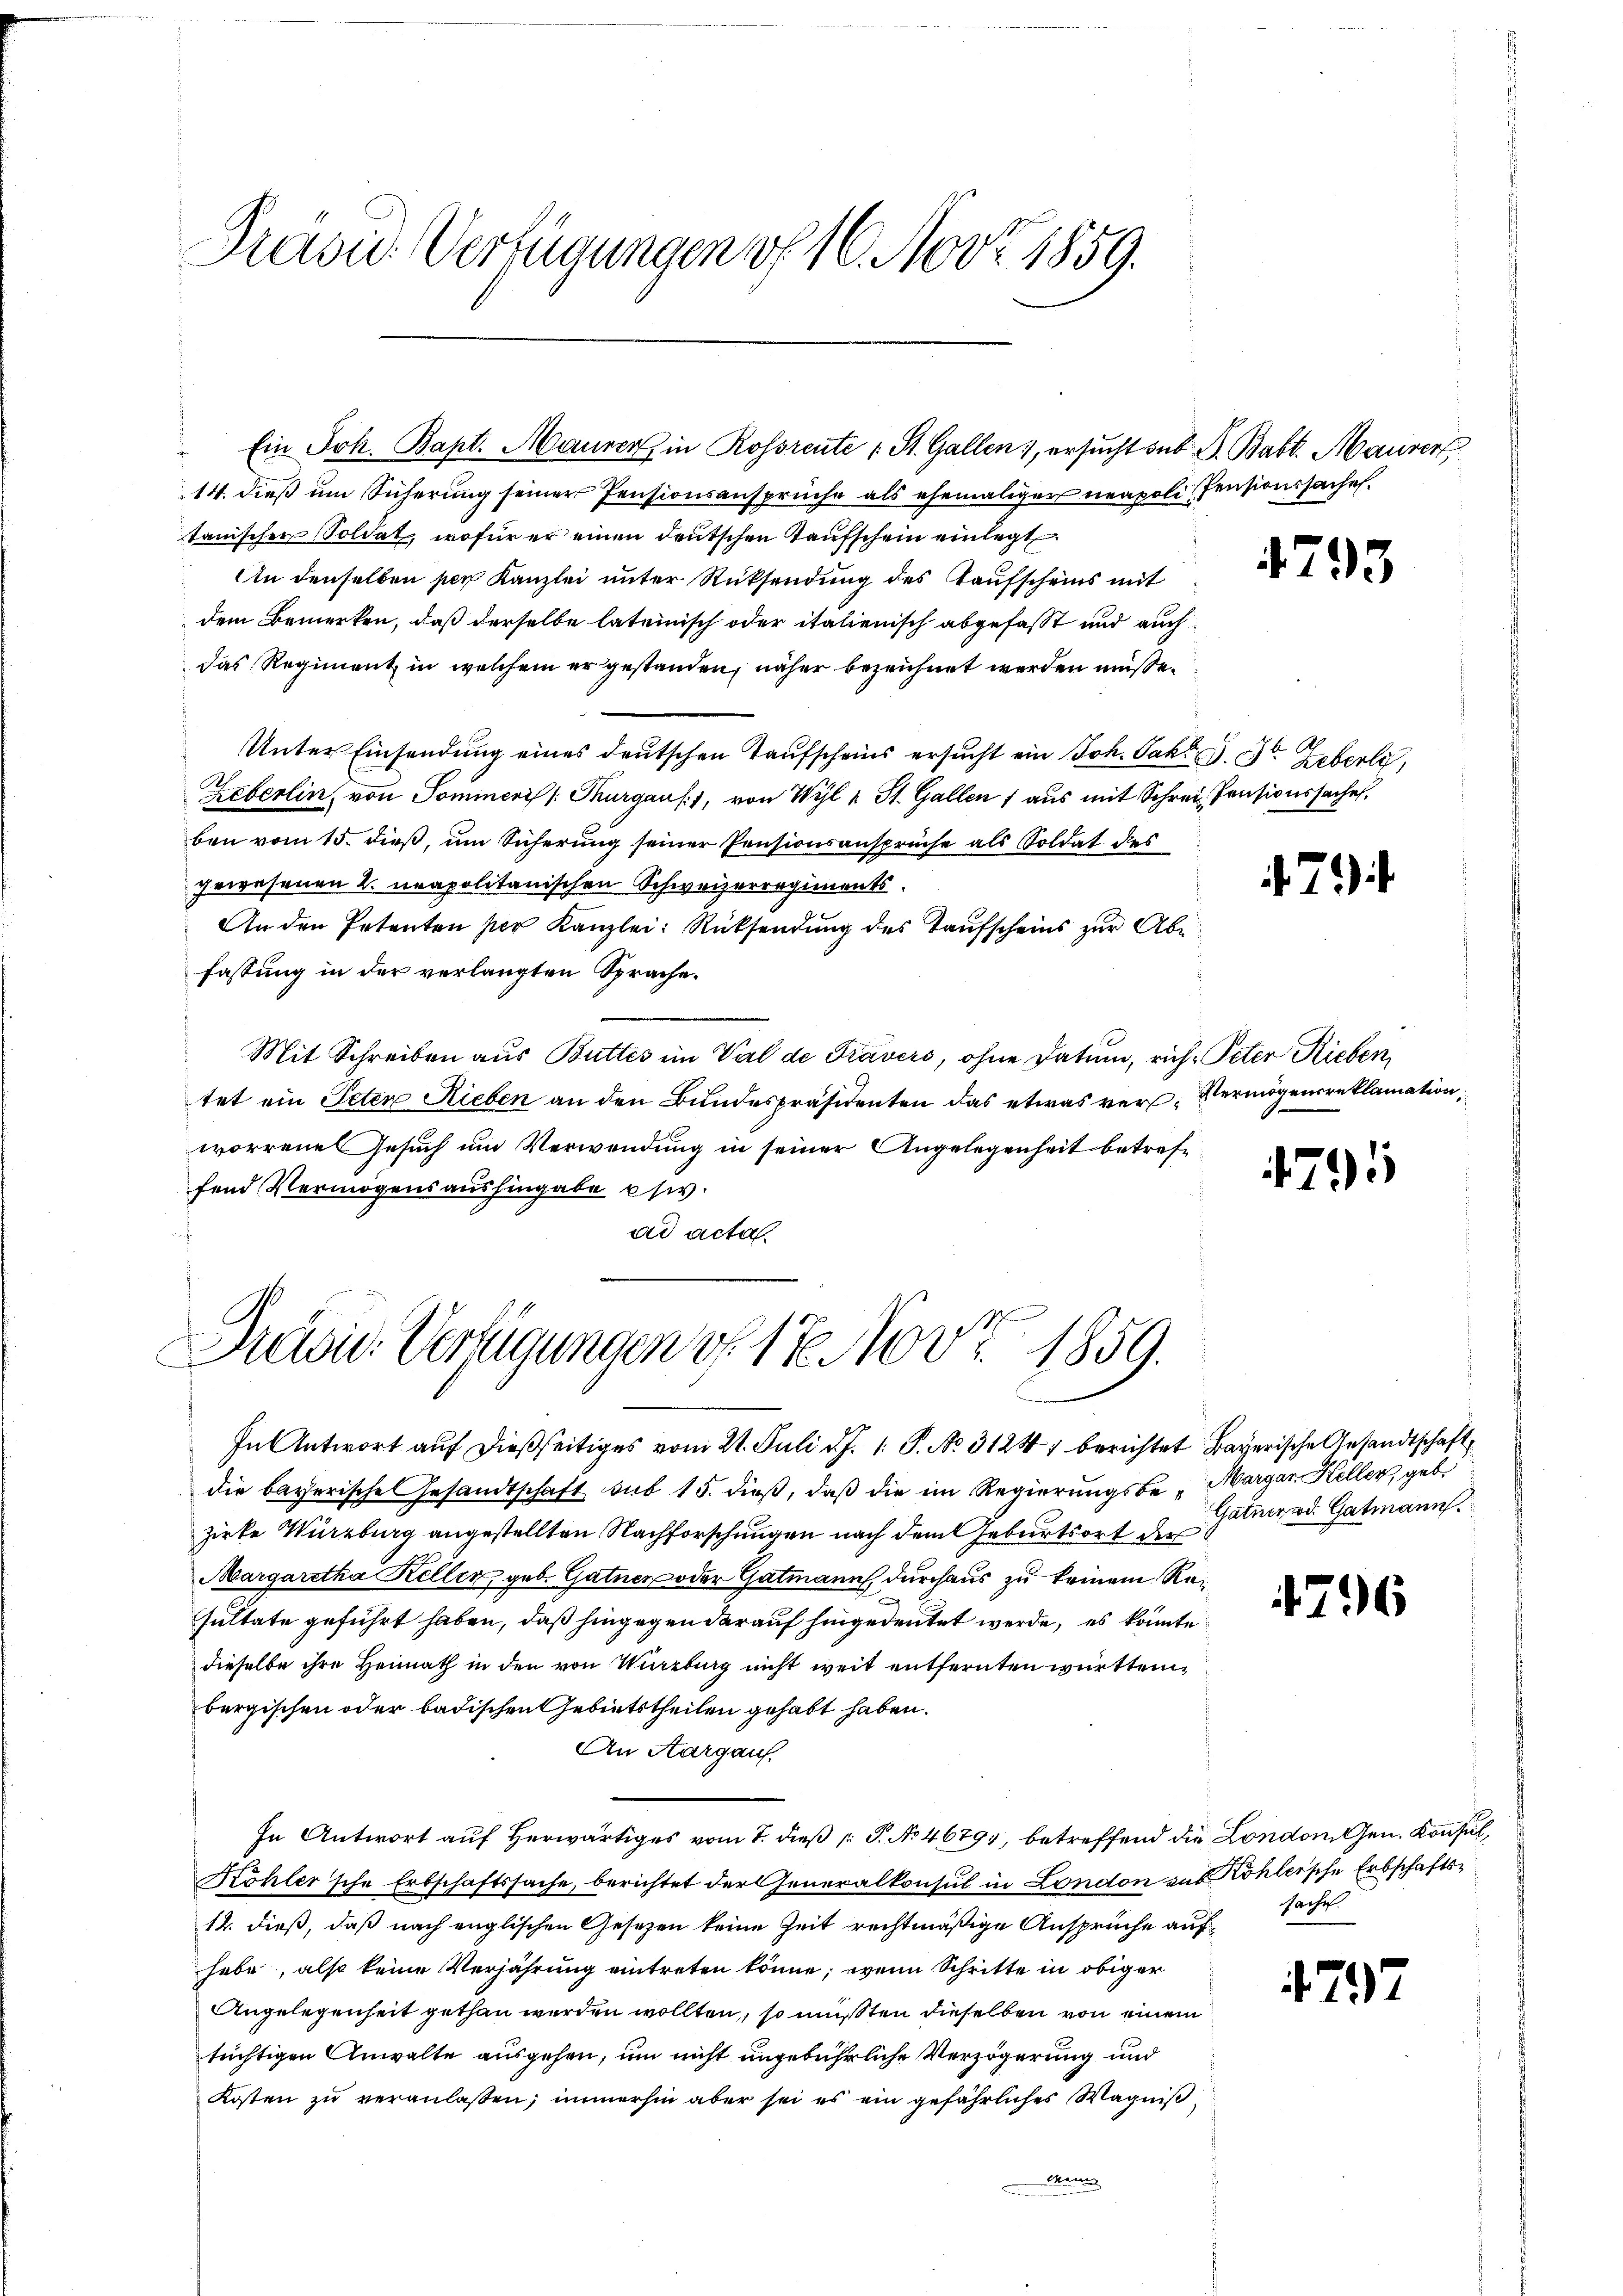
Prasie Verfügungen vf 16. Nov. 1859.

14. dieß um Sicherung seiner Pensionsansprüche als ehemaliger neapoli Pensionssache.
tanischen Soldat, wofür er einen deutschen Taufschein einlegt
An denselben per Kanzlei unter Rücksendung des Kaufscheins mit
dem Bemerken, daß derselbe lateinisch oder italienisch abgefaßt und auch
das Regiment in welchem er gestanden, näher bezeichnet werden müsse.
Unter Einsendung eines deutschen Taufscheins ersucht ein Joh. Jahr d. St. Leberli
Zeberlin, von Sommers Thurgaus, von Wyl u St. Gallen 7 aŭs mit Schrei Pensionssache
ben vom 15. dieß, um Sicherung seiner Pensionsansprüche als Soldat des
gewesenen 2 neapolitanischen Schweizerregiments¬
An den Petenten per Kanzlei Rücksendŭng des Taufscheins zŭr Abe
fassung in der verlangten Sprache.
Mit Schreiben aus Butter im Val de Prävers, ohne Datum, ruh: Peter Rieben
tet ein Peten Rieben an den Bundespräsidenten das etwas vers. Vermögensreklamation,
worrene Gesuch um Verwendung in seiner Angelegenheit betreffend Vermögensaushingabe esiv.
t
ad acta.

" Ein Joh. Bapt. Maurer in Rossrente 1 St. Gallen, ersucht sub. G. Babt. Maurer,

Präsid. Verfügungen v. 17. Nov. 1859.

In Antwort auf dießseitiges vom 21. Juli d. J. 1. P. No. 31241 berichtet Bayerische Gesandtschaft
die bayerische Gesandtschaft sub 15. dieβ, daβ die im Regierŭngsbe - Margar. Heller, geb.
zirke Würzburg angestellten Nachforschungen nach dem Geburtsort der
Margaretha Kellen, geb. Gatner oder Gatmann, durchaus zu keinem Resultate geführt haben, daß hingegen darauf hingedeutet werde, es könnte
dieselbe ihre Heimath in den von Wierburg nicht weit entfernten württembergischen oder badischen Gebietstheilen gehabt haben.
An Aargauf
In Antwort auf herwärtiges vom 7. dieß P. No 4679, betreffend die London, Gen. Konsul,
Köhler'sche Erbschaftssache, berichtet der Generalkonsul in London das Köhlersche Erbschafts¬
12. dieß, daß nach englischen Gesetzen keine Zeit rechtmäßige Ansprüche aufhabe, also keine Verjährung eintreten könne; wenn Schritte in obiger
Angelegenheit gethan werden wollten, so müßten dieselben von einem
tüchtigen Anwalte ausgehen, um nicht ungebührliche Verzögerung und
Kosten zu veranlaßen; immerhin aber sei es ein gefährliches Wagniß¬
Mei

4793

.7)

1791

Gatner ad Gatmann.

4796

sache.

1797